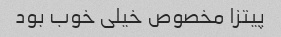
پیتزا مخصوص خیلی خوب بود